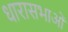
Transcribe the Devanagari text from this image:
धारासभाओं